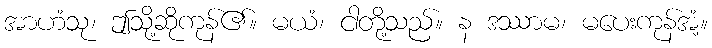
အာဟံသု၊ ဤသို့ဆိုကုန်၏။ မယံ၊ ငါတို့သည်။ န ဒဿာမ၊ မပေးကုန်အံ့။